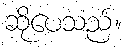
ဆိုပေသည်။